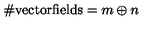
\# \mathrm { v e c t o r f i e l d s } = m \oplus n